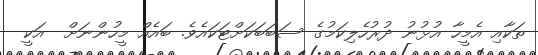
ތަކާއި އެމީހާ އުޅުނު ދުރުހެލިކަމުގެ ސަބަބަކަށްޓަކައެވެ. ބައެއް މީހުންނަށް  އަކީ